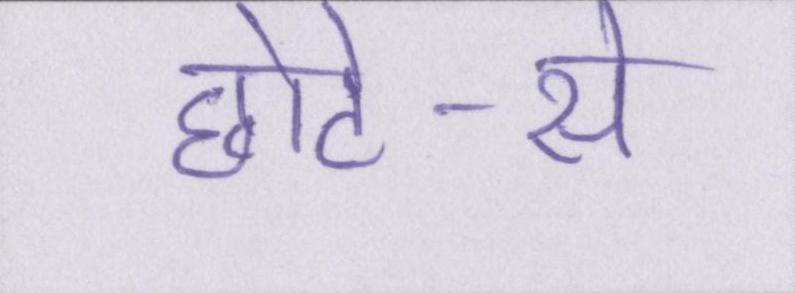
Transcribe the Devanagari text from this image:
छोटे-से